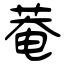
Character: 菴